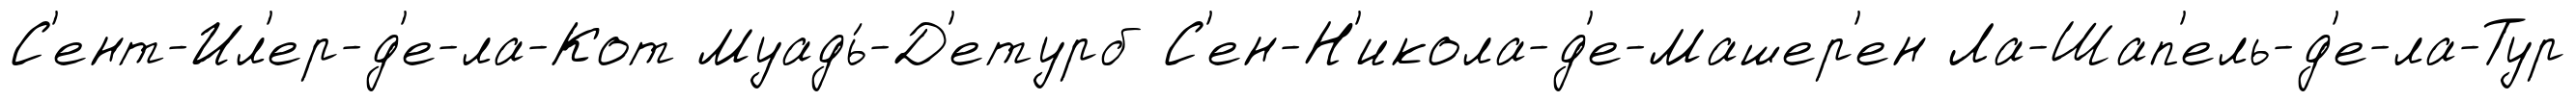
С'ент-Ил'ер-д'е-ла-Кот Муадь́-Д'етурб С'ен-Н'икола-д'е-Машер'ен Ла-Шап'ель-д'е-ла-Тур